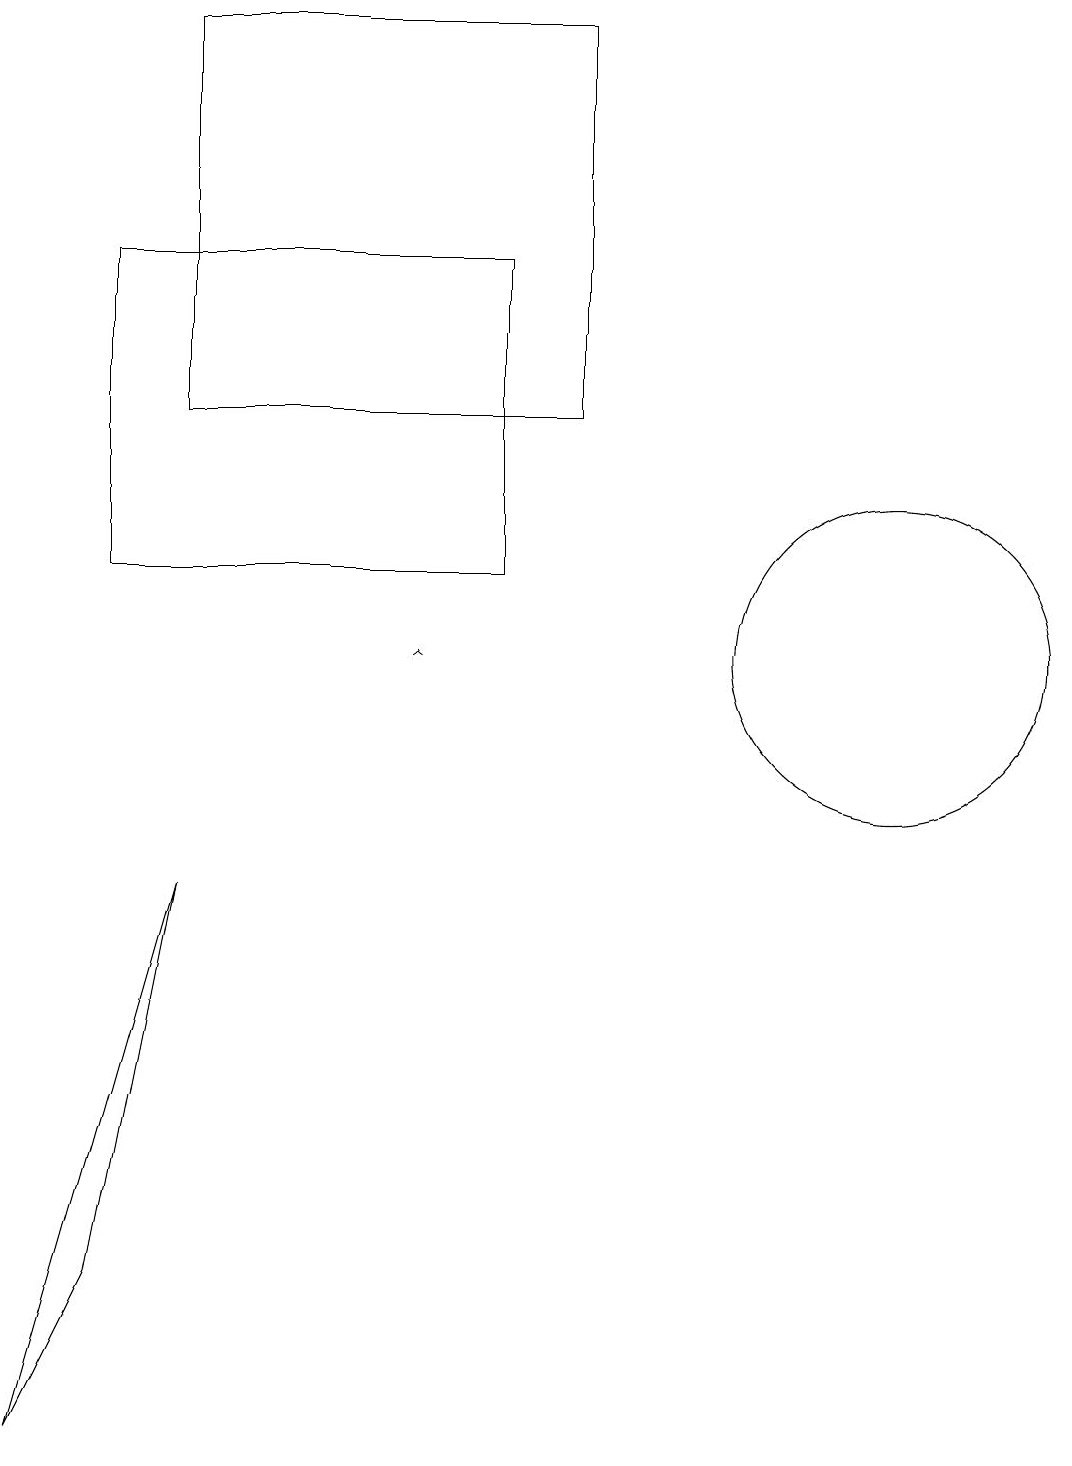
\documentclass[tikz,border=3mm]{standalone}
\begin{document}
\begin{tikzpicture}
\draw[->] (5,11) -- (5,11);
\draw (1,3) -- (2,8) -- (0,1) -- cycle;
\draw (7,14) rectangle (2,19);
\draw (11,11) circle (2);
\draw (6,16) rectangle (1,12);
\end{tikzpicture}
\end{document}